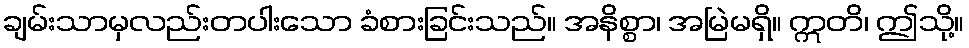
ချမ်းသာမှလည်းတပါးသော ခံစားခြင်းသည်။ အနိစ္စာ၊ အမြဲမရှိ။ ဣတိ၊ ဤသို့။